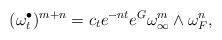
LaTeX: \begin{align*}(\omega_t^\bullet)^{m+n}= c_t e^{-nt} e^{G} \omega_{\infty}^m\wedge \omega_F^n,\end{align*}